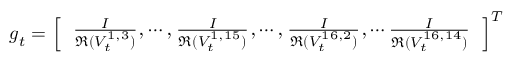
{ \footnotesize \boldsymbol g _ { t } = \left[ \begin{array} { l } { \frac { I } { \mathfrak R ( V _ { t } ^ { 1 , 3 } ) } , \cdots , \frac { I } { \mathfrak R ( V _ { t } ^ { 1 , 1 5 } ) } , \cdots , \frac { I } { \mathfrak R ( V _ { t } ^ { 1 6 , 2 } ) } , \cdots \frac { I } { \mathfrak R ( V _ { t } ^ { 1 6 , 1 4 } ) } } \end{array} \right] ^ { T } }